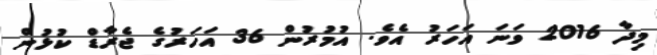
މިދާ 2016 ވަނަ އަހަރު އެވެ. އުމުރުން 36 އަހަރުގެ ޖެރާޑް ކުޅުން